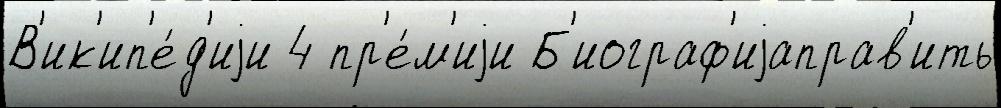
В'ик'ип'е́д'иjи 4 пр'е́м'иjи Б'иограф'иjаправ'ить